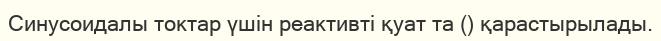
Синусоидалы токтар үшін реактивті қуат та () қарастырылады.